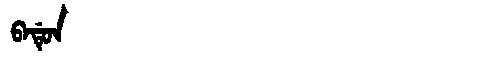
Manchu: ᠪᠠᡩᡠᠨ
Romanization: BADUN